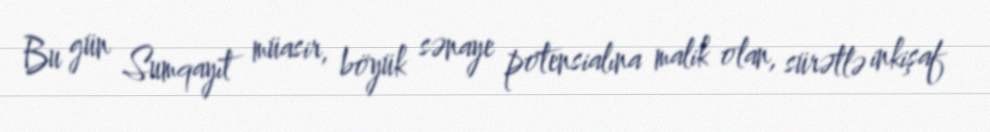
Bu gün Sumqayıt müasir, böyük sənaye potensialına malik olan, sürətlə inkişaf